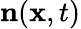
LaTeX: \mathbf{n}(\mathbf{x},t)